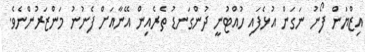
އިޒްޔަން ފޯނު ނަގަން އުޅެފައި ހުއްޓުނީ ދުންގަނޑު ތެރެއިން އޭނާއަށް ފެނުނު މަންޒަރުންނެވެ.